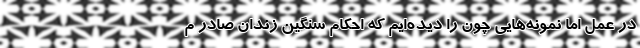
در عمل اما نمونه‌هایی چون را دیده‌ایم که احکام سنگین زندان صادر م